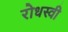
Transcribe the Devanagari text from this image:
रोधस्वी